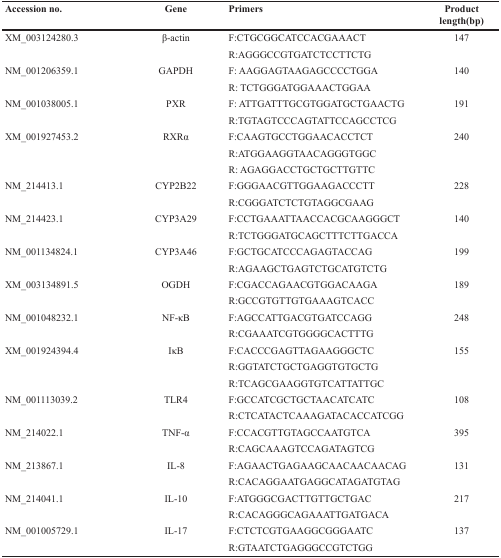
<table><thead><tr><td><b>Accession no.</b></td><td><b>Gene</b></td><td><b>Primers</b></td><td><b>Product length(bp)</b></td></tr></thead><tbody><tr><td>XM_003124280.3</td><td>β-actin</td><td>F:CTGCGGCATCCACGAAACT</td><td>147</td></tr><tr><td></td><td></td><td>R:AGGGCCGTGATCTCCTTCTG</td><td></td></tr><tr><td>NM_001206359.1</td><td>GAPDH</td><td>F: AAGGAGTAAGAGCCCCTGGA</td><td>140</td></tr><tr><td></td><td></td><td>R: TCTGGGATGGAAACTGGAA</td><td></td></tr><tr><td>NM_001038005.1</td><td>PXR</td><td>F: ATTGATTTGCGTGGATGCTGAACTG</td><td>191</td></tr><tr><td></td><td></td><td>R:TGTAGTCCCAGTATTCCAGCCTCG</td><td></td></tr><tr><td>XM_001927453.2</td><td>RXRα</td><td>F:CAAGTGCCTGGAACACCTCT</td><td>240</td></tr><tr><td></td><td></td><td>R:ATGGAAGGTAACAGGGTGGC</td><td></td></tr><tr><td></td><td></td><td>R: AGAGGACCTGCTGCTTGTTC</td><td></td></tr><tr><td>NM_214413.1</td><td>CYP2B22</td><td>F:GGGAACGTTGGAAGACCCTT</td><td>228</td></tr><tr><td></td><td></td><td>R:CGGGATCTCTGTAGGCGAAG</td><td></td></tr><tr><td>NM_214423.1</td><td>CYP3A29</td><td>F:CCTGAAATTAACCACGCAAGGGCT</td><td>140</td></tr><tr><td></td><td></td><td>R:TCTGGGATGCAGCTTTCTTGACCA</td><td></td></tr><tr><td>NM_001134824.1</td><td>CYP3A46</td><td>F:GCTGCATCCCAGAGTACCAG</td><td>199</td></tr><tr><td></td><td></td><td>R:AGAAGCTGAGTCTGCATGTCTG</td><td></td></tr><tr><td>XM_003134891.5</td><td>OGDH</td><td>F:CGACCAGAACGTGGACAAGA</td><td>189</td></tr><tr><td></td><td></td><td>R:GCCGTGTTGTGAAAGTCACC</td><td></td></tr><tr><td>NM_001048232.1</td><td>NF-κB</td><td>F:AGCCATTGACGTGATCCAGG</td><td>248</td></tr><tr><td></td><td></td><td>R:CGAAATCGTGGGGCACTTTG</td><td></td></tr><tr><td>XM_001924394.4</td><td>IκB</td><td>F:CACCCGAGTTAGAAGGGCTC</td><td>155</td></tr><tr><td></td><td></td><td>R:GGTATCTGCTGAGGTGTGCTG</td><td></td></tr><tr><td></td><td></td><td>R:TCAGCGAAGGTGTCATTATTGC</td><td></td></tr><tr><td>NM_001113039.2</td><td>TLR4</td><td>F:GCCATCGCTGCTAACATCATC</td><td>108</td></tr><tr><td></td><td></td><td>R:CTCATACTCAAAGATACACCATCGG</td><td></td></tr><tr><td>NM_214022.1</td><td>TNF-α</td><td>F:CCACGTTGTAGCCAATGTCA</td><td>395</td></tr><tr><td></td><td></td><td>R:CAGCAAAGTCCAGATAGTCG</td><td></td></tr><tr><td>NM_213867.1</td><td>IL-8</td><td>F:AGAACTGAGAAGCAACAACAACAG</td><td>131</td></tr><tr><td></td><td></td><td>R:CACAGGAATGAGGCATAGATGTAG</td><td></td></tr><tr><td>NM_214041.1</td><td>IL-10</td><td>F:ATGGGCGACTTGTTGCTGAC</td><td>217</td></tr><tr><td></td><td></td><td>R:CACAGGGCAGAAATTGATGACA</td><td></td></tr><tr><td>NM_001005729.1</td><td>IL-17</td><td>F:CTCTCGTGAAGGCGGGAATC</td><td>137</td></tr><tr><td></td><td></td><td>R:GTAATCTGAGGGCCGTCTGG</td><td></td></tr></tbody></table>